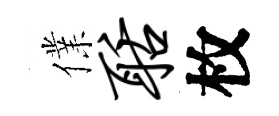
㒒聒枚